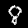
Label: 8